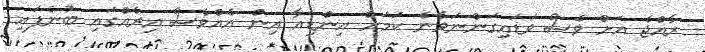
ރާއްޖެ އަށް ވެސް ވަޑައިގަންނަވާނެ ކަމަށް އިންޑިއާ އިން އެއްވެސް އިރެއްގައި ބުނެފައި